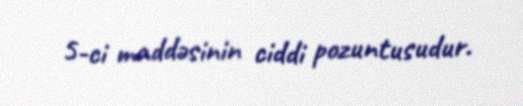
5-ci maddəsinin ciddi pozuntusudur.